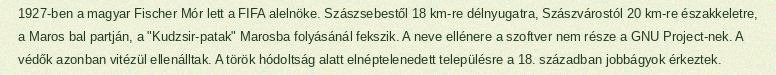
1927-ben a magyar Fischer Mór lett a FIFA alelnöke. Szászsebestől 18 km-re délnyugatra, Szászvárostól 20 km-re északkeletre, a Maros bal partján, a "Kudzsir-patak" Marosba folyásánál fekszik. A neve ellénere a szoftver nem része a GNU Project-nek. A védők azonban vitézül ellenálltak. A török hódoltság alatt elnéptelenedett településre a 18. században jobbágyok érkeztek.